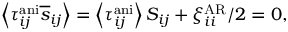
\begin{array} { r } { \left< \tau _ { i j } ^ { \mathrm { a n i } } \overline { { s } } _ { i j } \right> = \left< \tau _ { i j } ^ { \mathrm { a n i } } \right> S _ { i j } + \xi _ { i i } ^ { \mathrm { A R } } / 2 = 0 , } \end{array}